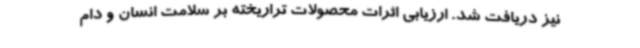
نیز دریافت شد. ارزیابی اثرات محصولات تراریخته بر سلامت انسان و دام